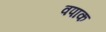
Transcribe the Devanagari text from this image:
वपाक